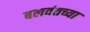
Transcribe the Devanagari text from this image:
बलवंतच्या